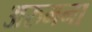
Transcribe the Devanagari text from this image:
अरुमना